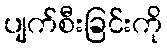
ပျက်စီးခြင်းကို